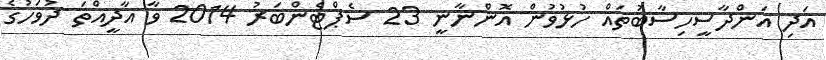
އަދި އަންދާސީހިސާބުތައް ހުޅުވުން އޮންނާނީ 23 ސެޕްޓެންބަރު 2014 ވާ އާދީއްތަ ދުވަހުގެ